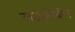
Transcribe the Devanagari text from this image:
खंडातदेखील